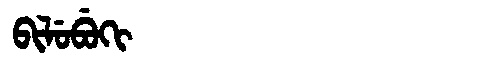
Manchu: ᠪᡳᠯᡠᠪᡠᡴᡳ
Romanization: BILUBUKI